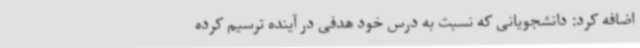
اضافه کرد: دانشجویانی که نسبت به درس خود هدفی در آینده ترسیم کرده